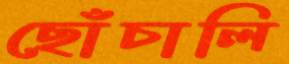
ছোঁচালি